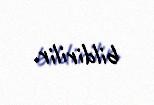
bildirilir.